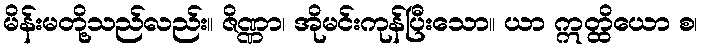
မိန်းမတို့သည်လည်း။ ဇိဏ္ဏာ၊ အိုမင်းကုန်ပြီးသော။ ယာ ဣတ္ထိယော စ၊